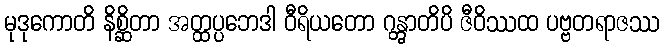
မုဒုကောတိ နိစ္ဆိတာ အတ္ထပ္ပဘေဒါ ဝီရိယတော ဂန္တွာတိပိ ဇီဝိဿထ ပဗ္ဗတရာဇဿ